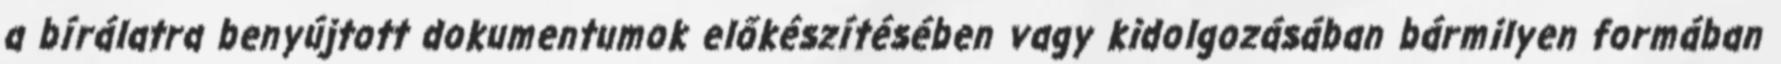
a bírálatra benyújtott dokumentumok előkészítésében vagy kidolgozásában bármilyen formában